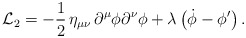
\begin{align*}{\cal L}_2=-{1\over2}\,\eta_{\mu\nu}\,\partial^\mu\phi\partial^\nu\phi+\lambda\,\bigl(\dot\phi-\phi^\prime\bigr)\,.\end{align*}